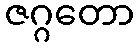
ဇဂ္ဂတော